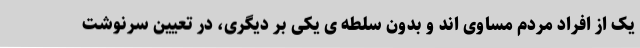
یک از افراد مردم مساوی اند و بدون سلطه ی یکی بر دیگری، در تعیین سرنوشت